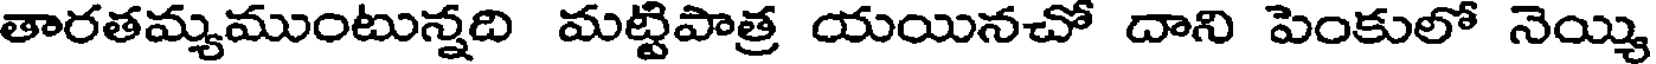
తారతమ్యముంటున్నది మట్టిపాత్ర యయినచో దాని పెంకులో నెయ్యి